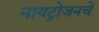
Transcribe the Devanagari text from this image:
नायट्रोजनचे